画像に写った文字を読んでください
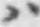
「ハ」と書いてあります